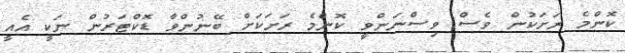
ކޮންމެ ރަށަކުން ވެސް ވިސްނަންވީ ކޮންމެ ރަށަކަށް ބޭނުންވާ ޑޮކްޓަރުން ނަކީ އެއީ